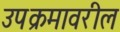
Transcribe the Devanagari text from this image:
उपक्रमावरील